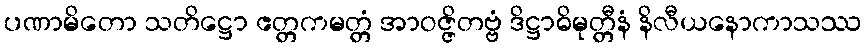
ပဏာမိတော သတိဋ္ဌော ဧတ္တကမတ္တံ အာဝဇ္ဇိတဗ္ဗံ ဒိဋ္ဌာဓိမုတ္တီနံ နိလီယနောကာသဿ